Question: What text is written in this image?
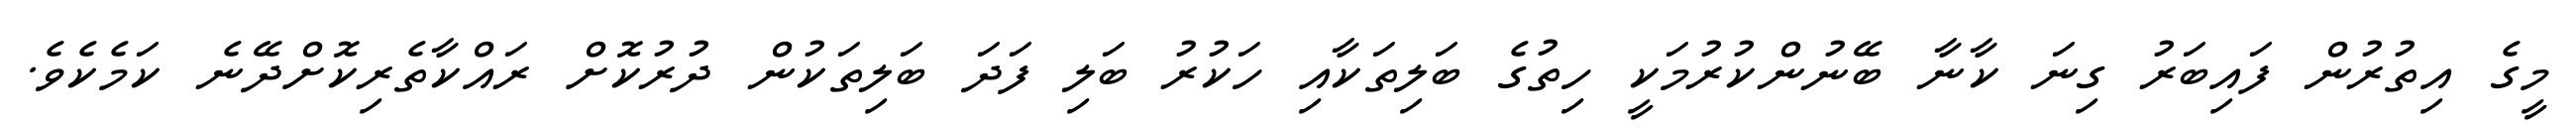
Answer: މީގެ އިތުރުން ފައިބަރު ގިނަ ކާނާ ބޭނުންކުރުމަކީ ހިތުގެ ބަލިތަކާއި ހަކުރު ބަލި ފަދަ ބަލިތަކުން ދުރުކޮށް ރައްކާތެރިކޮށްދޭނެ ކަމެކެވެ.